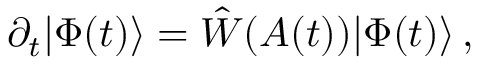
\partial _ { t } | \Phi ( t ) \rangle = \hat { W } ( A ( t ) ) | \Phi ( t ) \rangle \, ,